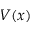
V ( x )